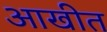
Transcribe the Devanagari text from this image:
आखीत